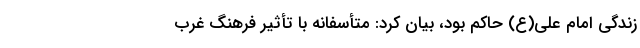
زندگی امام علی(ع) حاکم بود، بیان کرد: متأسفانه با تأثیر فرهنگ غرب